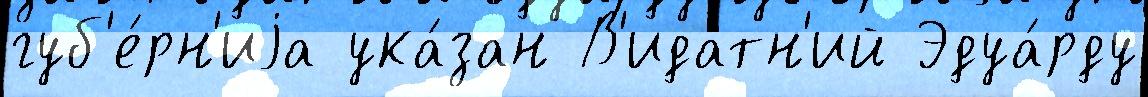
губ'е́рн'иjа ука́зан В'идатн'ий Эдуа́рду